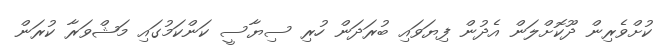
ކުށްވެރިން ދޫކޮށްލަން އެދުން ފިޔަވައި ބުރަދަން ހުރި ސިޔާސީ ކަންކަމުގައި މަޝްވަރާ ކުރަން